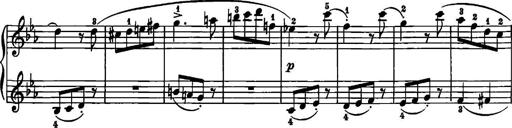
Title: 12 Sonatinas
Composer: Ignaz Pleyel